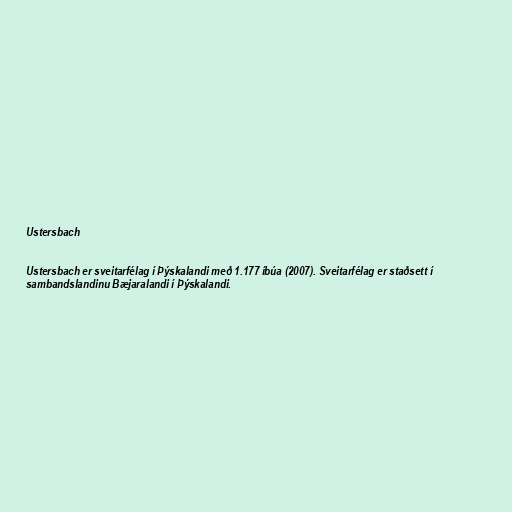
Ustersbach

Ustersbach er sveitarfélag í Þýskalandi með 1.177 íbúa (2007). Sveitarfélag er staðsett í
sambandslandinu Bæjaralandi í Þýskalandi.